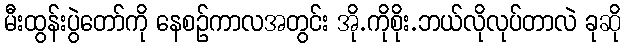
မီးထွန်းပွဲတော်ကို နေစဉ်ကာလအတွင်း အို.ကိုစိုး.ဘယ်လိုလုပ်တာလဲ ခုဆို